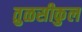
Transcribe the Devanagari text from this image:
तुळसीकुल